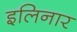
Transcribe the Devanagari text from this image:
इलिनार